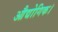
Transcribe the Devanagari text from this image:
औद्योगिक।